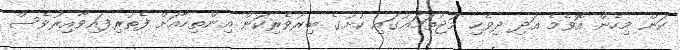
ކަން މިހެން އޮވެމެ އަދި ދިވެހި މުޖުތަމަޢުގައި ކުށުގެ ބިރުވެރިކަން އިންތިހާއަށް ފެތުރިފައިވާއިރުވެސް